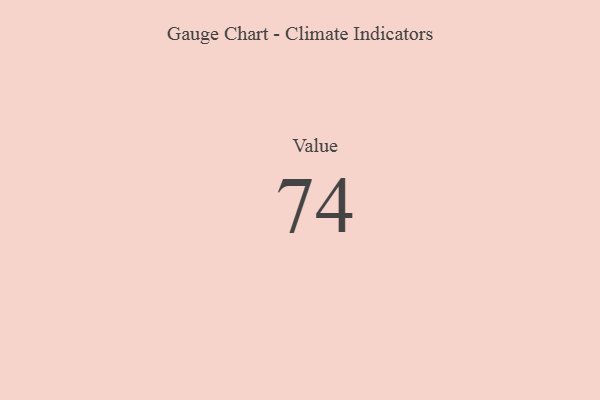
{"axis": {"x": "Metric", "y": "Value"}, "legend": [""], "data": [{"x": "Value", "y": 74, "type": ""}]}